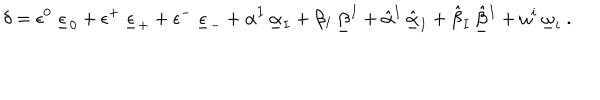
LaTeX: \delta = \epsilon ^ { 0 } \, \underline { { \epsilon } } _ { 0 } + \epsilon ^ { + } \, \underline { { \epsilon } } _ { + } + \epsilon ^ { - } \, \underline { { \epsilon } } _ { - } + \alpha ^ { I } \, \underline { { \alpha } } _ { I } + \beta _ { I } \, \underline { { \beta } } ^ { I } + \hat { \alpha } { } ^ { I } \, \underline { { { \hat { \alpha } } } } _ { I } + \hat { \beta } _ { I } \, \underline { { { \hat { \beta } } } } { } ^ { I } + \omega ^ { i } \, \underline { { \omega } } _ { i } \ .